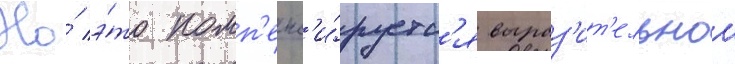
Но́ э́то комп'енс'и́руетс'я выраз'ит'ельнои